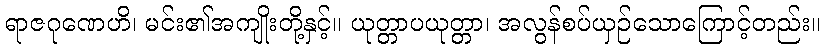
ရာဇဂုဏေဟိ၊ မင်း၏အကျိုးတို့နှင့်။ ယုတ္တာပယုတ္တာ၊ အလွန်စပ်ယှဉ်သောကြောင့်တည်း။